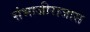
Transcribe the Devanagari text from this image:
संभाजीराजास